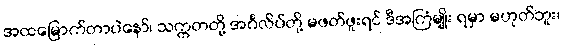
အထမြောက်တာပဲနော်၊ သက္ကတတို့ အင်္ဂလိပ်တို့ မဖတ်ဖူးရင် ဒီအကြံမျိုး ရမှာ မဟုတ်ဘူး၊